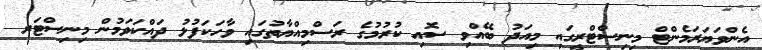
އެންވަޔަރަމެންޓް މިނިސްޓްރީގައި މިއަދު ބޭއްވި ސޮއި ކުރުމުގެ ރަސްމިއްޔާތުގައި ވާހަކަފުޅު ދައްކަވަމުން މިނިސްޓަރ